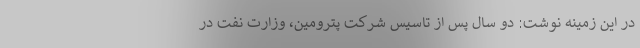
در این زمینه نوشت: دو سال پس از تاسیس شرکت پترومین، وزارت نفت در